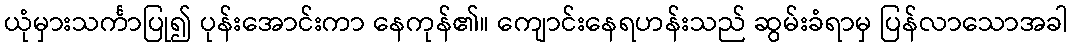
ယုံမှားသင်္ကာပြု၍ ပုန်းအောင်းကာ နေကုန်၏။ ကျောင်းနေရဟန်းသည် ဆွမ်းခံရာမှ ပြန်လာသောအခါ